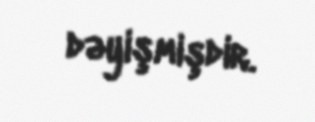
dəyişmişdir.